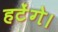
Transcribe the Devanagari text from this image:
हटेंगे।